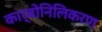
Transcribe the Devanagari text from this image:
कार्बोनिलिकरण